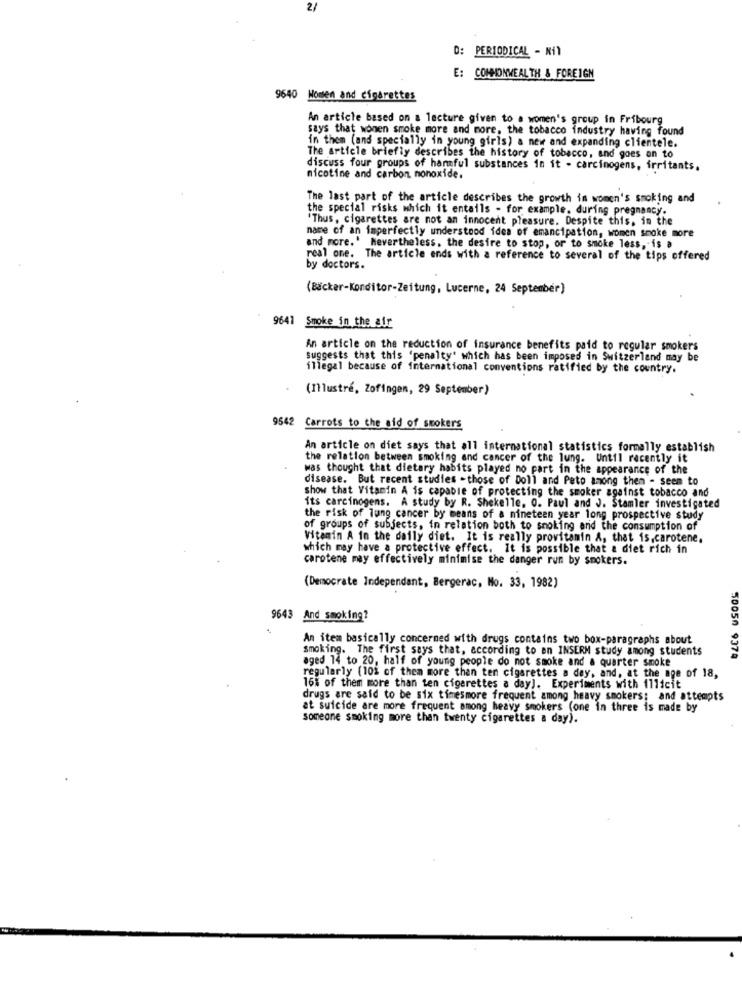
2/
D: PERIODICAL - Nil
E: COMMONWEALTH & FOREIGN
9640 Women and cigarettes
An article based on a lecture given to a women's group in Fribourg
says that wonen smoke more and more, the tobacco industry having found
in them (and specially in young girls) a new and expanding clientele.
The article briefly describes the history of tobacco, and goes on to
discuss four groups of harmful substances in it - carcinogens, irritants.
nicotine and carbon monoxide.
The last part of the article describes the growth in women's smoking and
the special risks which it entails - for example. during pregnancy.
'Thus, cigarettes are not an innocent pleasure. Despite this, in the
name of an imperfectly understood idea of emancipation, women smoke more
and more.' Nevertheless, the desire to stop, or to smoke less, is a
real one. The article ends with a reference to several of the tips offered
by doctors.
(Bäcker-Konditor-Zeitung, Lucerne, 24 September)
9641 Smoke in the afr
An article on the reduction of insurance benefits paid to regular smokers
Suggests that this 'penalty" which has been imposed in Switzerland may be
illegal because of international conventions ratified by the country.
(Illustré, Zofingen, 29 September)
9542 Carrots to the aid of smokers
An article on diet says that all international statistics formally establish
the relation between smoking and cancer of the lung. Until recently it
was thought that dietary habits played no part in the appearance of the
disease. But recent studies -those of Doll and Pato among them - seem to
show that Vitamin A is capable of protecting the smoker against tobacco and
its carcinogens. A study by R. Shekelle, O. Paul and J. Stamler investigated
the risk of lung cancer by means of a nineteen year long prospective study
of groups of subjects, in relation both to smoking and the consumption of
Vitamin A in the daily diet. It is really provitamin A, that is,carotene.
which may have a protective effect. It is possible that a diet rich in
carotene may effectively minimise the danger run by smokers.
(Democrate Independant, Bergerac, No. 33, 1982)
9643 And smoking?
An item basically concerned with drugs contains two box-paragraphs about
smoking. The first says that, according to en INSERM study among students
aged 14 to 20, half of young people do not smoke and a quarter smoke
50050 9379
regularly (10% of them more than ten cigarettes a day, and, at the age of 18,
16% of them more than ten cigarettes a day). Experiments with 11licit
drugs are said to be six timesmore frequent among heavy smokers; and attempts
at suicide are more frequent among heavy smokers (one in three is made by
someone smoking more than twenty cigarettes a day).